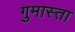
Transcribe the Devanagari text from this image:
गुमास्ता